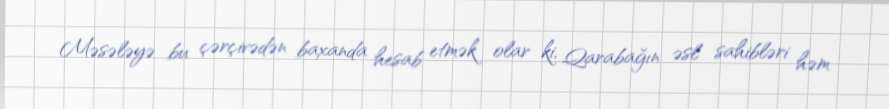
Məsələyə bu çərçivədən baxanda hesab etmək olar ki, Qarabağın əsl sahibləri həm